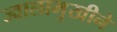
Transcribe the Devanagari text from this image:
ज्वालामुखीने